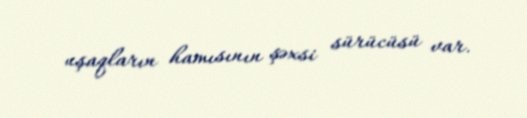
uşaqların hamısının şəxsi sürücüsü var.